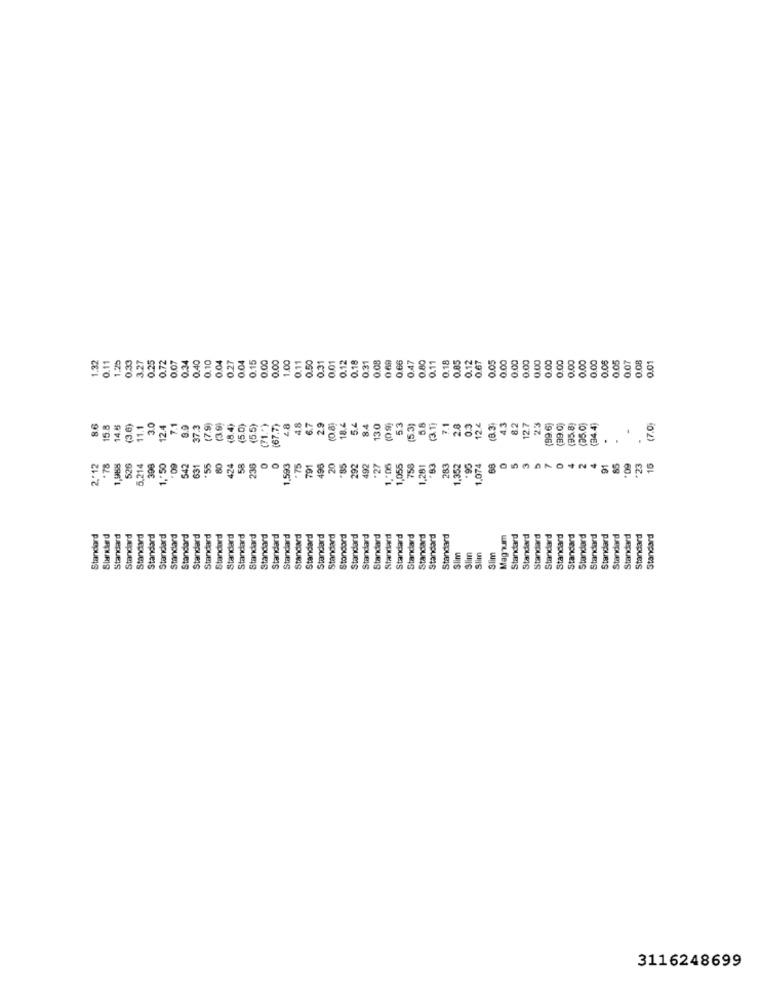
1.32
0.11
1.25
0.33
3.27
0.25
0.72
0.07
0.34
0.40
0.04
0.04
0.15
0.00
0.00
1.00
0.11
0.50
0.31
0.01
0.12
0.18
0.31
0.05
0.66
0.47
0.11
0.18
0.85
0.05
0.00
0.00
0.00
0.00
0.00
0.00
0.05
0.05
0.07
0.08
0.01
0.10
0.27
0.80
0.12
0.00
0.00
5.4
86
15.8
14.6
(3.6)
11.1
3.0
12.4
7.1
8.9
37.3
(7 9)
3.99
(8.4)
5.0)
(5.5)
(71.")
[67.7)
8
4.8
6.7
2.9
18.4
8.4
13.0
53
(5.3)
5.8
(3.1)
7.1
28
0.3
12 €
(3.3
4.3
8.2
12.7
23
(99.6)
(39.0)
(5.8)
(34.4)
(7.0
1. 50
*55
0
496
20
7
0
4
+23
15
2.'12
.78
526
5,214
398
09
542
631
424
58
236
1,593
"75
791
.85
292
492
.27
1,'05
758
,281
283
1,352
1.074
91
65
IN
06.
60.
Standard
Standard
Standard
Standard
Standard
Standard
Standard
Standard
Standard
Standard
Standard
Standard
Standard
Standard
Standard
Standard
Standard
Standard
Standard
Standard
Standard
Standard
Standard
Standard
Standard
Standard
Standard
Standard
Standard
Standard
Standard
Standard
Magnum
Standard
Standard
Standard
Standard
Standard
Standard
Standard
Standard
Standard
Standard
Standard
Standard
Slim
Slim
Slim
Slim
3116248699